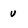
Character: V